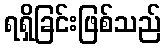
ရရှိခြင်းဖြစ်သည်